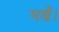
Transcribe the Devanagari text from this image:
मखैं।